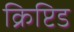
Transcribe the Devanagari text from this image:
क्रिप्टिड